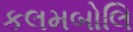
કલમબોલિ